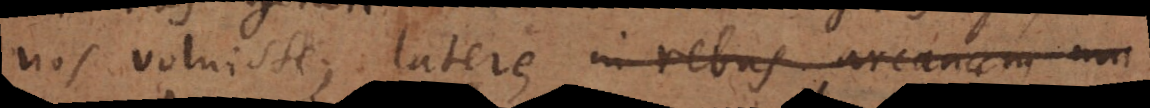
nos voluisse, latere, in rebus arcanum ma